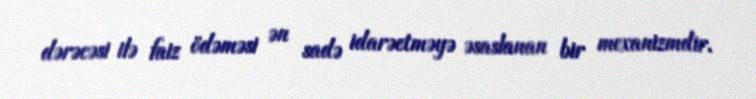
dərəcəsi ilə faiz ödəməsi ən sadə idarəetməyə əsaslanan bir mexanizmdir.